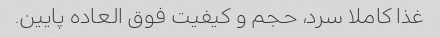
غذا کاملا سرد، حجم و کیفیت فوق العاده پایین.